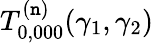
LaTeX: T_{0,000}^{(\mathtt{n})}(\gamma_{1},\gamma_{2})